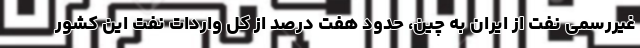
غیررسمی نفت از ایران به چین، حدود هفت درصد از کل واردات نفت این کشور